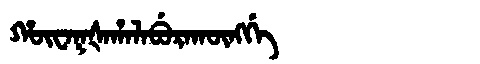
Manchu: ᡥᡡᠸᠠᡴᡧᠠᡥᠠᠯᠠᠪᡠᡵᠠᡴᡡᠩᡤᡝ
Romanization: HŪWAKŠAHALABURAKŪNGGE